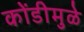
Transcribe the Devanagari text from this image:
कोंडीमुळे